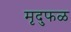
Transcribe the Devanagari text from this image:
मृदुफळ